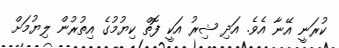
ކުރަނީ އޭނާ އެވެ. އަދި ޝިރު އަކީ ފޮތް ކިޔުމުގެ އިތުރުން ލިޔުމަށް